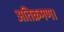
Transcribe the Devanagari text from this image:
अतिक्रमण।